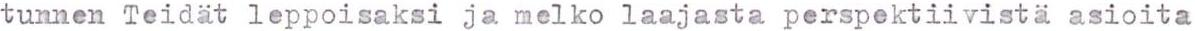
tunnen Teidät leppoisaksi ja melko laajasta perspektiivistä asioita